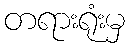
တရားရုံးမှ